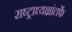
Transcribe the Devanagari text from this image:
राष्ट्राध्यक्षांतर्फे